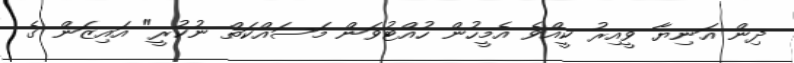
ދިން އަނިޔާ ވީއިރު ކީއްވެ އެމީހުން ހުއްޓުވަން މަސައްކަތް ނުކުރީ" އައިޒަން ގެ